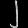
Digit: ၂